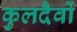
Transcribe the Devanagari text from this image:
कुलदैवों